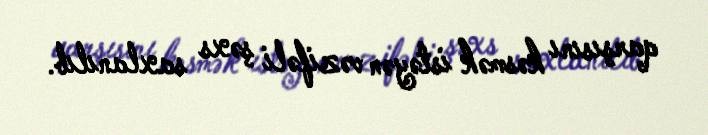
qarşısını kəsmək istəyən vəzifəli şəxs saxlanılıb.